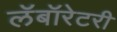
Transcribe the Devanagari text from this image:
लॅबॉरेटरी